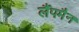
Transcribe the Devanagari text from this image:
लैंपमैन